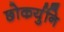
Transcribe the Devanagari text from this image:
छोकर्युनि